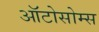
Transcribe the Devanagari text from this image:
ऑटोसोम्स